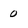
Character: 0